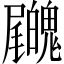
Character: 𡳺